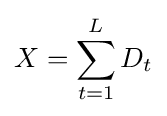
X=\sum _{t=1}^{L}D_{t}